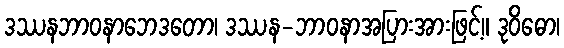
ဒဿနဘာဝနာဘေဒတော၊ ဒဿန-ဘာဝနာအပြားအားဖြင့်။ ဒုဝိဓော၊